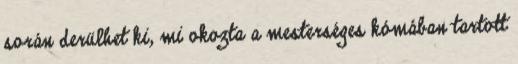
során derülhet ki, mi okozta a mesterséges kómában tartott